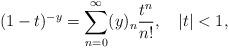
LaTeX: \begin{align*}(1-t)^{-y}=\sum_{n=0}^{\infty}(y)_{n}\frac{t^{n}}{n!},\quad|t|<1,\end{align*}